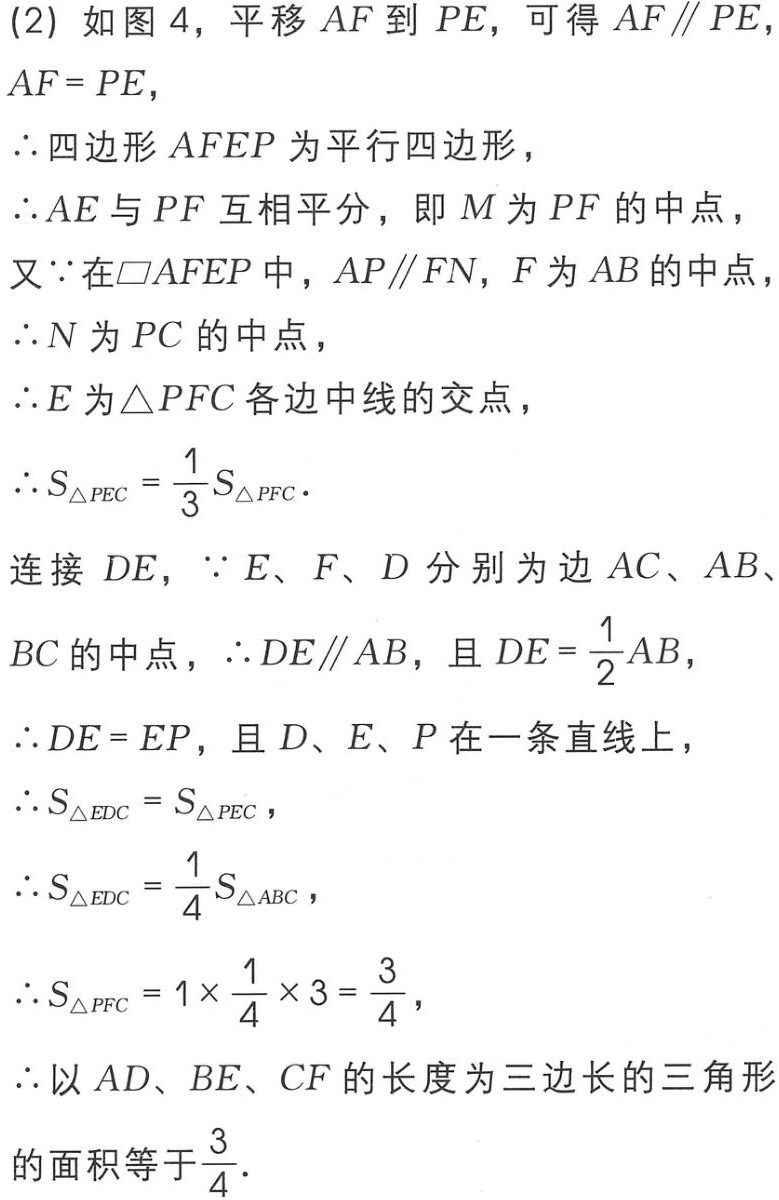
(2) 如图 4，平移 \(AF\) 到 \(PE\)，可得 \(AF\parallel PE\)，\(AF = PE\)，
\(\therefore\)四边形 \(AFEP\) 为平行四边形，
\(\therefore AE\) 与 \(PF\) 互相平分，即 \(M\) 为 \(PF\) 的中点，
又 \(\because\) 在 \(\square AFEP\) 中，\(AP\parallel FN\)，\(F\) 为 \(AB\) 的中点，
\(\therefore N\) 为 \(PC\) 的中点，
\(\therefore E\) 为 \(\triangle PFC\) 各边中线的交点，
\(\therefore S_{\triangle PEC}=\frac{1}{3}S_{\triangle PFC}\).
连接 \(DE\)，\(\because E\)、\(F\)、\(D\) 分别为边 \(AC\)、\(AB\)、\(BC\) 的中点，\(\therefore DE\parallel AB\)，且 \(DE = \frac{1}{2}AB\)，
\(\therefore DE = EP\)，且 \(D\)、\(E\)、\(P\) 在一条直线上，
\(\therefore S_{\triangle EDC}=S_{\triangle PEC}\)，
\(\therefore S_{\triangle EDC}=\frac{1}{4}S_{\triangle ABC}\)，
\(\therefore S_{\triangle PFC}=1\times\frac{1}{4}\times3 = \frac{3}{4}\)，
\(\therefore\) 以 \(AD\)、\(BE\)、\(CF\) 的长度为三边长的三角形的面积等于 \(\frac{3}{4}\).